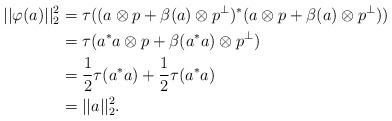
LaTeX: \begin{align*}||\varphi(a)||_2^2 & = \tau(( a\otimes p + \beta(a) \otimes p^{\perp})^*( a\otimes p + \beta(a) \otimes p^{\perp}))\\& = \tau(a^*a\otimes p + \beta(a^*a)\otimes p^{\perp})\\& = \frac{1}{2}\tau(a^*a) + \frac{1}{2}\tau(a^*a)\\& = ||a||_2^2. \end{align*}